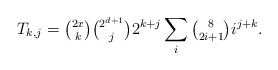
\begin{align*}T_{k,j}={\tbinom{2x}k\tbinom{2^{d+1}}j}2^{k+j}\sum_i\tbinom 8{2i+1}i^{j+k}.\end{align*}